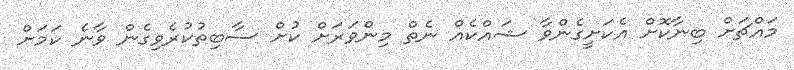
މައްޗަށް ބިނާކޮށް އެކަށީގެންވާ ޝައްކެއް ނެތް މިންވަރަށް ކުށް ސާބިތުކުރެވިގެން ވާނެ ކަމަށް